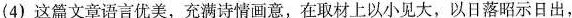
(4)这文章语言优美。充满诗意，在取材上以小见太，以日落昭示日出，